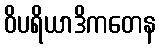
ဝိပရိယာဒိကတေန